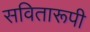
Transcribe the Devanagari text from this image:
सवितारूपी